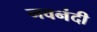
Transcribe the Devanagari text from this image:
नवनंदी